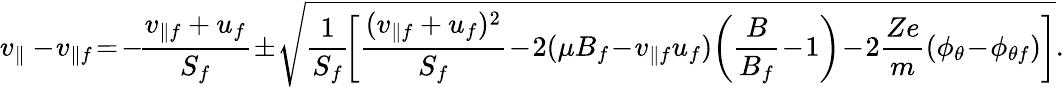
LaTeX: v_{\parallel}-\! v_{\parallel f}\! =\! -\! \frac{v_{\parallel f}+u_{f}}{S_{f}}\! \pm\! \sqrt{\frac{1}{S_{f}}\! \left[\frac{(v_{\parallel f}+u_{f})^{2}}{S_{f}}\! -\! 2(\mu B_{f}\! -\! v_{\parallel f}u_{f})\! \left(\frac{B}{B_{f}}\! -\! 1\right)\! -\! 2\frac{Ze}{m}(\phi_{\theta}\! -\! \phi_{\theta f})\right]}.